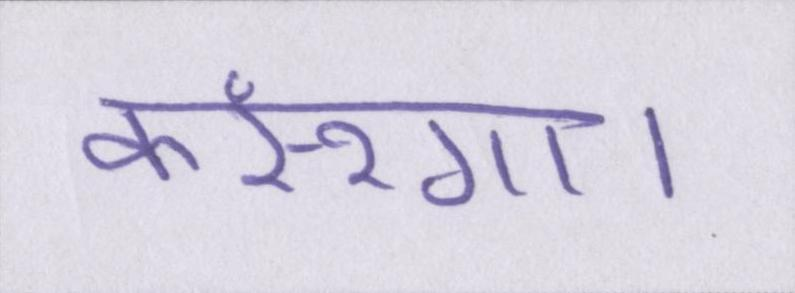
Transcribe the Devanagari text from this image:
करूंगा